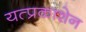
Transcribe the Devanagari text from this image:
यत्प्रकाशेन